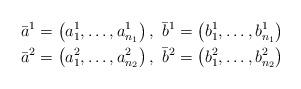
LaTeX: \begin{align*}& \bar{a}^1 = \left(a_1^1,\dots, a_{n_1}^1\right) , \ \bar{b}^1 = \left(b_1^1,\dots, b_{n_1}^1\right) \\& \bar{a}^2 = \left(a_1^2,\dots, a_{n_2}^2\right) , \ \bar{b}^2 = \left(b_1^2,\dots, b_{n_2}^2\right)\end{align*}